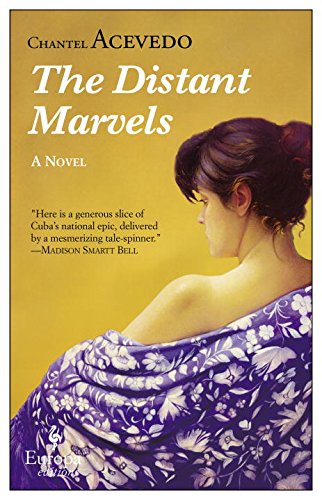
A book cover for The Distant Marvels; Chantel Acevedo; Literature & Fiction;